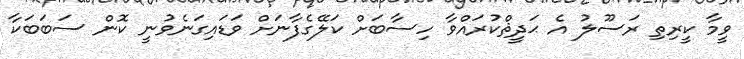
ވީމާ ކީރިތި ރަސޫލު އެ ޙަދީޘްކުރައްވާ ހިސާބަށް ކަލޭގެފާނަށް ވަޑައިގަނެވުނީ ކޮން ސަބަބަކާ